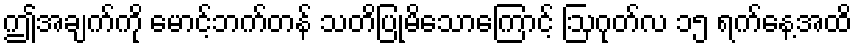
ဤအချက်ကို မောင့်ဘက်တန် သတိပြုမိသောကြောင့် ဩဂုတ်လ ၁၅ ရက်နေ့အထိ